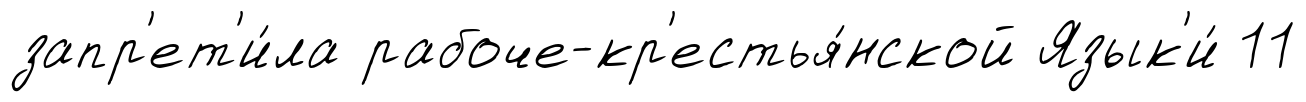
запр'ет'и́ла рабоче-кр'естья́нской Язык'и́ 11